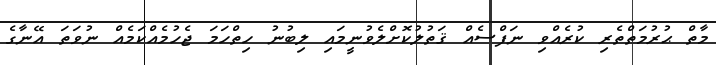
މާތް ޙުރުމަތްތެރި ކުރެއްވި ނަފްސެއް ޤަތުލުކޮށްލެވުނީމައި ލިބުނު ހިތްހަމަ ޖެހުމެއްކަމެއް ނުވަތަ އޭނާގެ